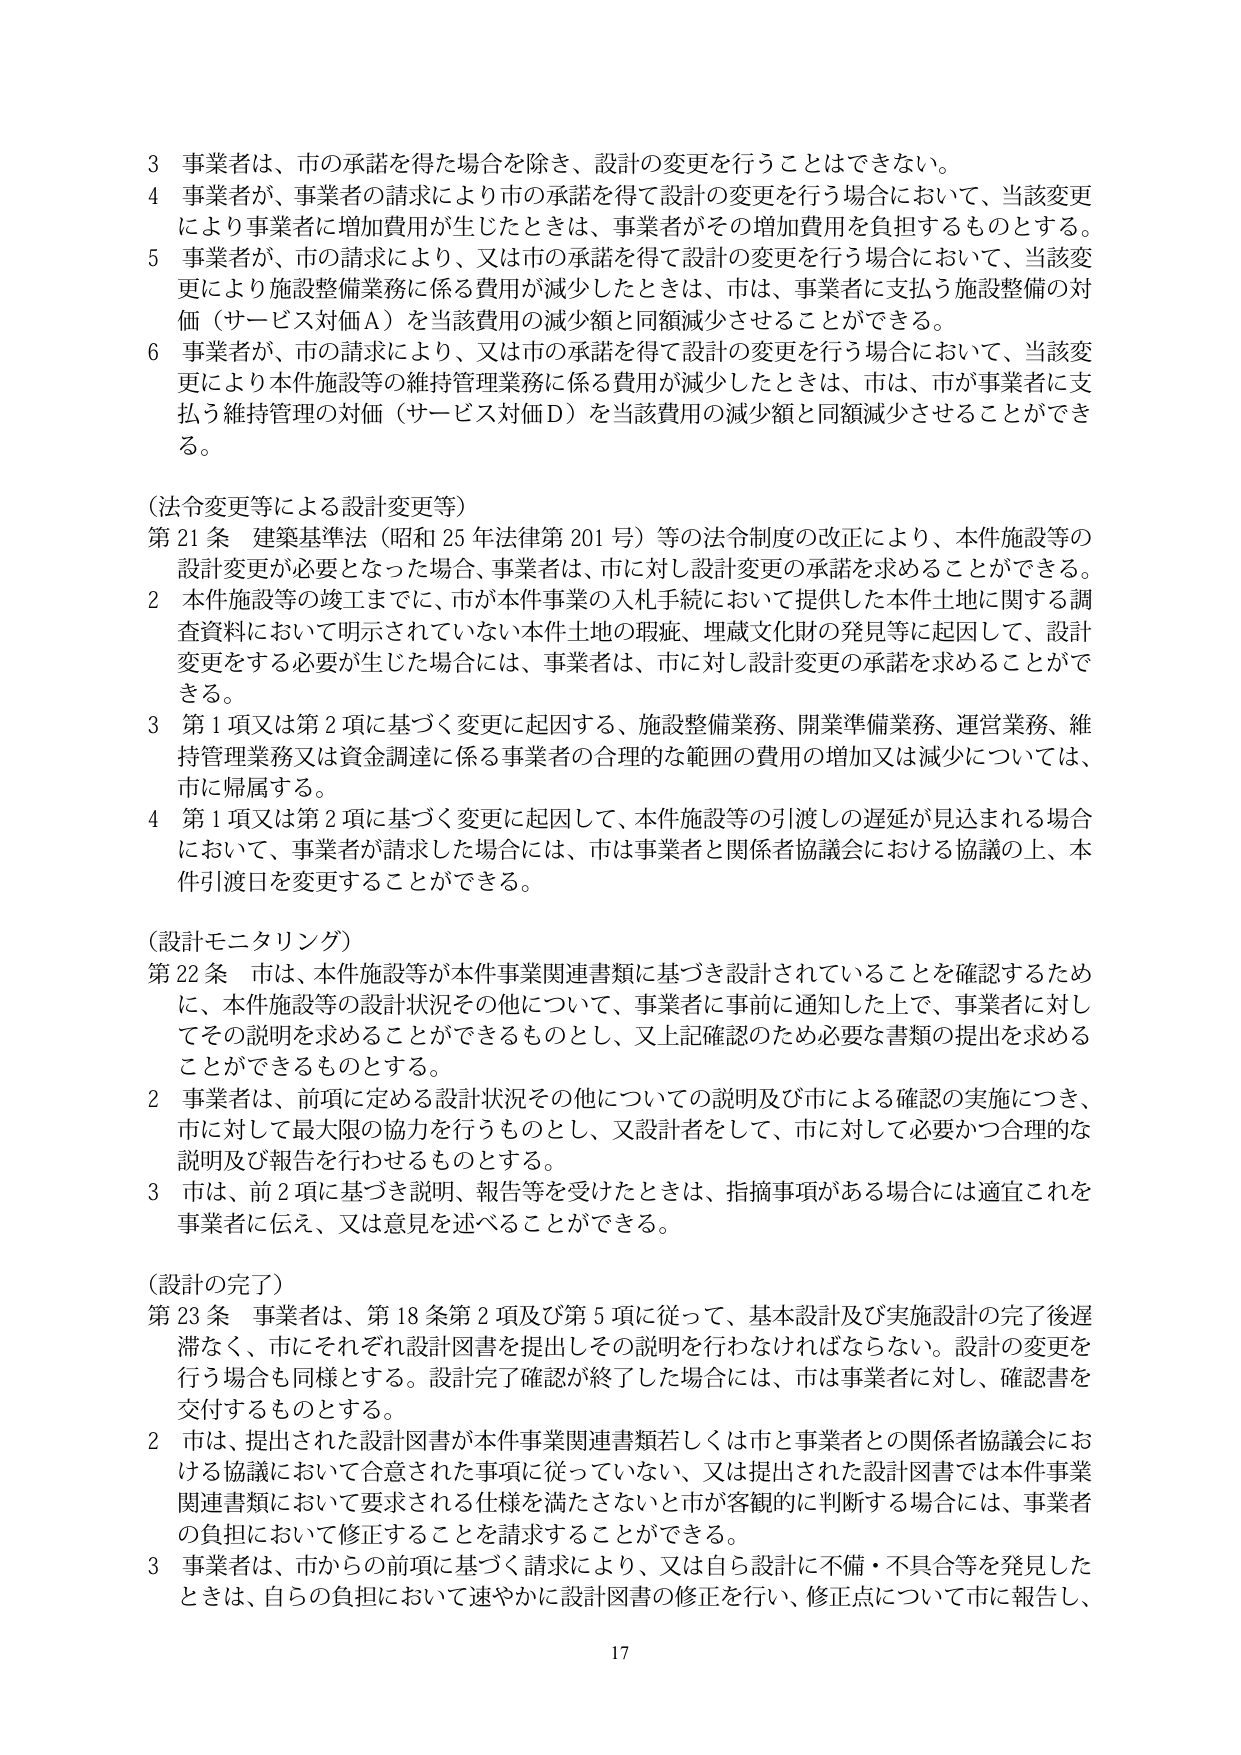
3 事業者は、市の承諾を得た場合を除き、設計の変更を行うことはできない。
4 事業者が、事業者の請求により市の承諾を得て設計の変更を行う場合において、当該変更により事業者に増加費用が生じたときは、事業者がその増加費用を負担するものとする。
5 事業者が、市の請求により、又は市の承諾を得て設計の変更を行う場合において、当該変更により施設整備業務に係る費用が減少したときは、市は、事業者に支払う施設整備の対価（サービス対価Ａ）を当該費用の減少額と同額減少させることができる。
6 事業者が、市の請求により、又は市の承諾を得て設計の変更を行う場合において、当該変更により本件施設等の維持管理業務に係る費用が減少したときは、市は、市が事業者に支払う維持管理の対価（サービス対価Ｄ）を当該費用の減少額と同額減少させることができる。

（法令変更等による設計変更等）
第21条 建築基準法（昭和25年法律第201号）等の法令制度の改正により、本件施設等の設計変更が必要となった場合、事業者は、市に対し設計変更の承諾を求めることができる。
2 本件施設等の竣工までに、市が本件事業の入札手続において提供した本件土地に関する調査資料において明示されていない本件土地の瑕疵、埋蔵文化財の発見等に起因して、設計変更をする必要が生じた場合には、事業者は、市に対し設計変更の承諾を求めることができる。
3 第1項又は第2項に基づく変更に起因する、施設整備業務、開業準備業務、運営業務、維持管理業務又は資金調達に係る事業者の合理的な範囲の費用の増加又は減少については、市に帰属する。
4 第1項又は第2項に基づく変更に起因して、本件施設等の引渡しの遅延が見込まれる場合において、事業者が請求した場合には、市は事業者と関係者協議会における協議の上、本件引渡日を変更することができる。

（設計モニタリング）
第22条 市は、本件施設等が本件事業関連書類に基づき設計されていることを確認するために、本件施設等の設計状況その他について、事業者に事前に通知した上で、事業者に対してその説明を求めることができるものとし、又上記確認のため必要な書類の提出を求めることができるものとする。
2 事業者は、前項に定める設計状況その他についての説明及び市による確認の実施につき、市に対して最大限の協力を行うものとし、又設計者をして、市に対して必要かつ合理的な説明及び報告を行わせるものとする。
3 市は、前2項に基づき説明、報告等を受けたときは、指摘事項がある場合には適宜これを事業者に伝え、又は意見を述べることができる。

（設計の完了）
第23条 事業者は、第18条第2項及び第5項に従って、基本設計及び実施設計の完了後遅滞なく、市にそれぞれ設計図書を提出しその説明を行わなければならない。設計の変更を行う場合も同様とする。設計完了確認が終了した場合には、市は事業者に対し、確認書を交付するものとする。
2 市は、提出された設計図書が本件事業関連書類若しくは市と事業者との関係者協議会における協議において合意された事項に従っていない、又は提出された設計図書では本件事業関連書類において要求される仕様を満たさないと市が客観的に判断する場合には、事業者の負担において修正することを請求することができる。
3 事業者は、市からの前項に基づく請求により、又は自ら設計に不備・不具合等を発見したときは、自らの負担において速やかに設計図書の修正を行い、修正点について市に報告し、

17